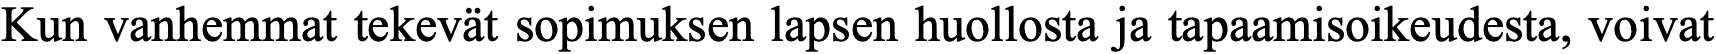
Kun vanhemmat tekevät sopimuksen lapsen huollosta ja tapaamisoikeudesta, voivat